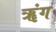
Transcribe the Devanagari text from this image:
ॠंग